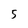
Character: 5